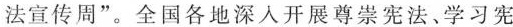
法宣传周”。全国各地深入开展尊崇宪法、学习宪